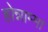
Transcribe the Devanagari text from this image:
होन्नाम्मा